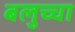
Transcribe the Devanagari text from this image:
बलुच्चा